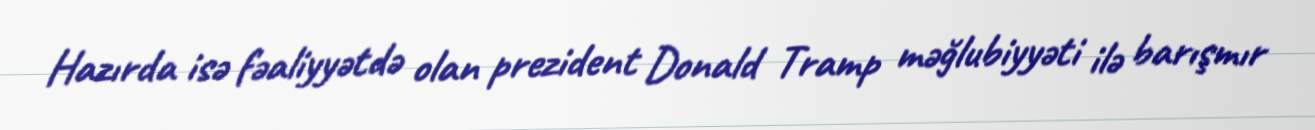
Hazırda isə fəaliyyətdə olan prezident Donald Tramp məğlubiyyəti ilə barışmır